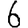
Digit: 6